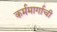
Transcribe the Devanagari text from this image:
कर्ममार्गाची